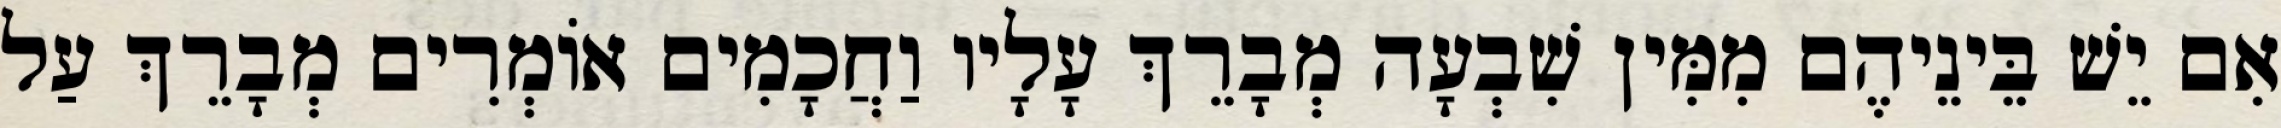
אִם יֵשׁ בֵּינֵיהֶם מִמִּין שִׁבְעָה מְבָרֵךְ עָלָיו וַחֲכָמִים אוֹמְרִים מְבָרֵךְ עַל